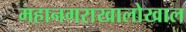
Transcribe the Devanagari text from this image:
महानगराखालोखाल